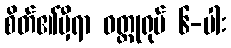
စိတ်၏မှီရာ ဝတ္ထုရုပ် ၆-ပါး